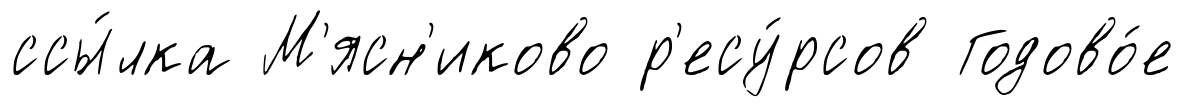
ссы́лка М'ясн'иково р'есу́рсов Годово́е